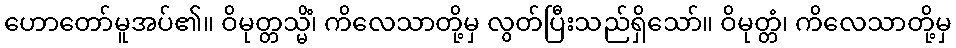
ဟောတော်မူအပ်၏။ ဝိမုတ္တသ္မိံ၊ ကိလေသာတို့မှ လွတ်ပြီးသည်ရှိသော်။ ဝိမုတ္တံ၊ ကိလေသာတို့မှ